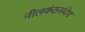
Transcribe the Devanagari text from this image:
नीलकंठसंदेश